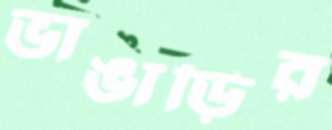
ভাঙাড়ির